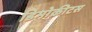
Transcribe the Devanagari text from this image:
डिमोक्रीटस